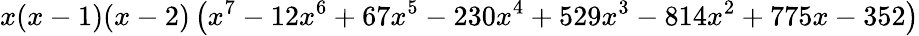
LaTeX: x(x-1)(x-2)\left(x^{7}-12x^{6}+67x^{5}-230x^{4}+529x^{3}-814x^{2}+775x-352\right)